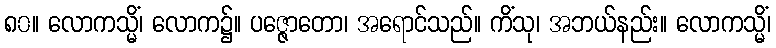
၈၀။ လောကသ္မိံ၊ လောက၌။ ပဇ္ဇောတော၊ အရောင်သည်။ ကိံသု၊ အဘယ်နည်း။ လောကသ္မိံ၊